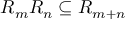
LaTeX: R _ { m } R _ { n } \subseteq R _ { m + n }